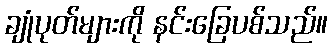
ချုံပုတ်များကို နင်းခြေပစ်သည်။